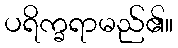
ပရိက္ခရာမည်၏။